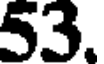
53.